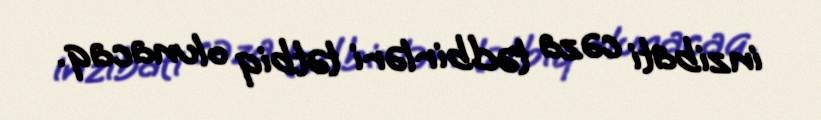
inzibati cəza tədbirləri tətbiq olunacaq.